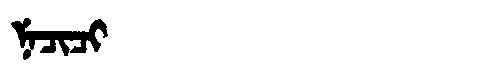
Manchu: ᠨᡝᠴᡳᠴᡳ
Romanization: NECICI